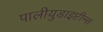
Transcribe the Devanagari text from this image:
पालीयुडाइप्टीन्स